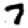
Digit: 7